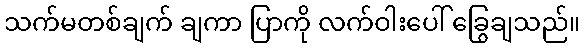
သက်မတစ်ချက် ချကာ ပြာကို လက်ဝါးပေါ် ခြွေချသည်။